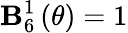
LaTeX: \mathbf{B}_{6}^{1}\left(\theta\right)=1